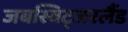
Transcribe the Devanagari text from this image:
जबस्विट्जरलैंड